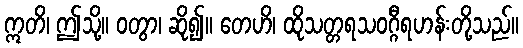
ဣတိ၊ ဤသို့။ ဝတွာ၊ ဆို၍။ တေဟိ၊ ထိုသတ္တရသဝဂ္ဂီရဟန်းတို့သည်။